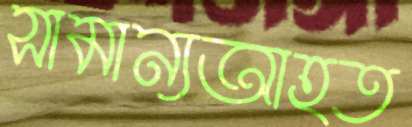
সামান্যআহত